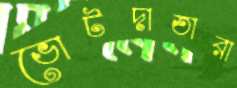
ভোটদাতারা